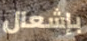
بإشعال